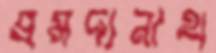
প্রমদানাথ